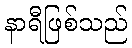
နာရီဖြစ်သည်